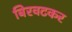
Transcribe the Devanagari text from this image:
बिरवटकर